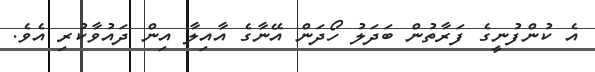
އެ ކުންފުނީގެ ފަރާތުން ބަދަލު ހޯދަން އޭނާގެ އާއިލާ އިން ދައުވާކުރި އެވެ.